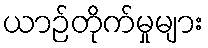
ယာဉ်တိုက်မှုများ